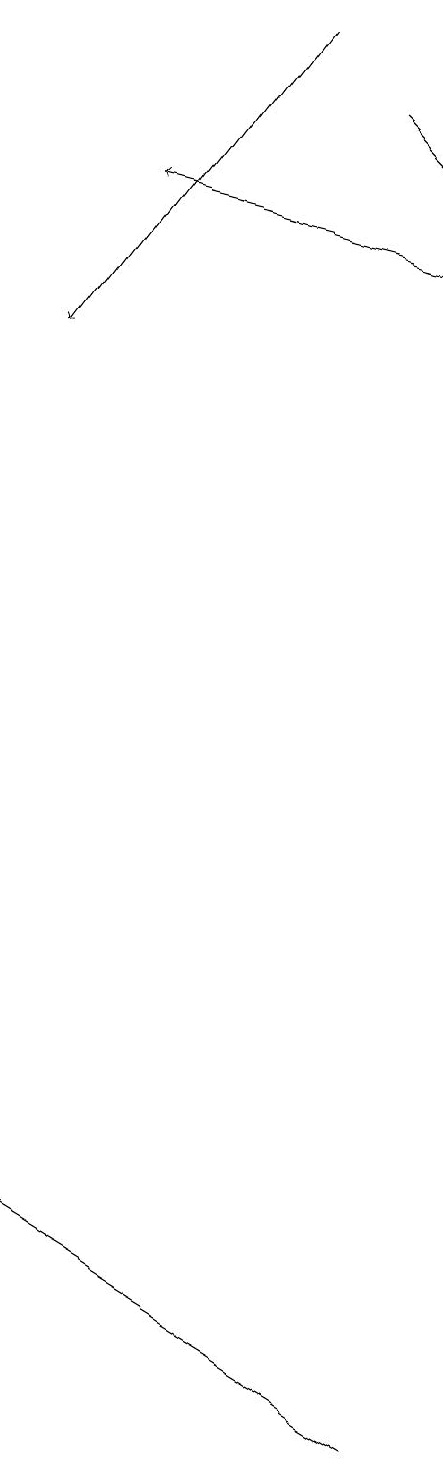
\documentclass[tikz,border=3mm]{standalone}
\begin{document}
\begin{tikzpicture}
\draw (5,1) -- (0,4) -- (0,4) -- cycle;
\draw[->] (3,19) -- (0,15);
\draw[->] (5,16) -- (1,17);
\draw[->] (4,18) -- (5,17);
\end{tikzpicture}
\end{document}